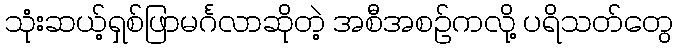
သုံးဆယ့်ရှစ်ဖြာမင်္ဂလာဆိုတဲ့ အစီအစဉ်ကလို့ ပရိသတ်တွေ